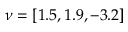
\nu = [ 1 . 5 , 1 . 9 , - 3 . 2 ]